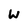
Character: w